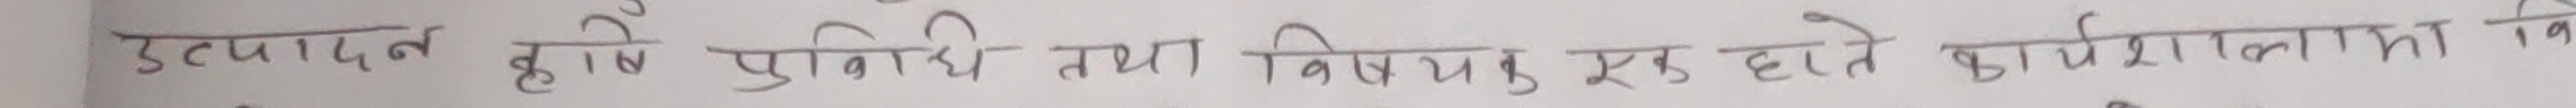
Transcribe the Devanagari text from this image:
उत्पादन होने प्रविधि तथा विशेषज्ञ एक होते कार्यशाला मा दि